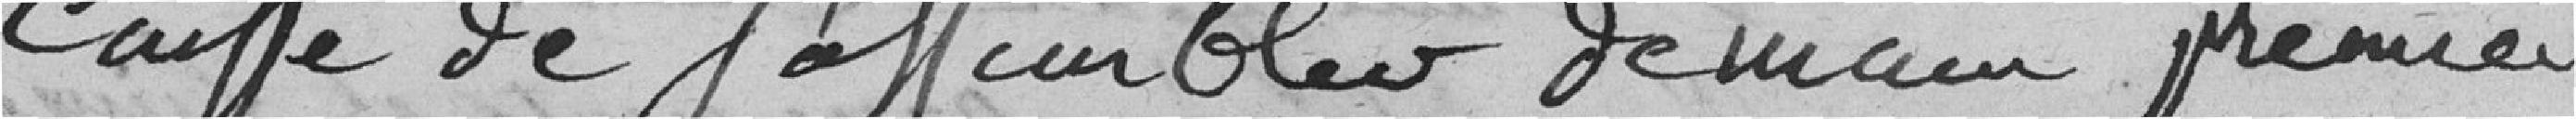
caisse de l'assemblée demain premier